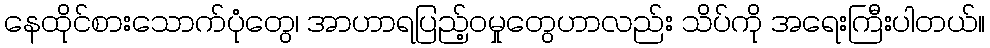
နေထိုင်စားသောက်ပုံတွေ၊ အာဟာရပြည့်ဝမှုတွေဟာလည်း သိပ်ကို အရေးကြီးပါတယ်။